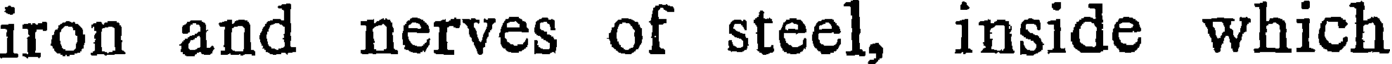
iron and nerves of steel, inside which